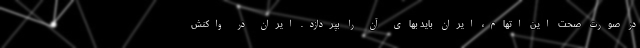
در صورت صحت این اتهام، ایران باید بهای آن را بپردازد. ایران در واکنش